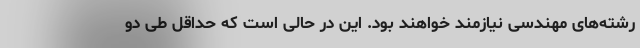
رشته‌های مهندسی نیازمند خواهند بود. این در حالی است که حداقل طی دو